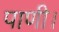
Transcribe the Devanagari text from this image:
पाणी।